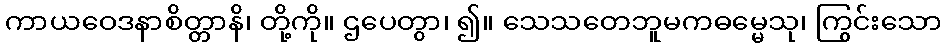
ကာယဝေဒနာစိတ္တာနိ၊ တို့ကို။ ဌပေတွာ၊ ၍။ သေသတေဘူမကဓမ္မေသု၊ ကြွင်းသော